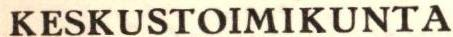
KESKUSTOIMIKUNTA